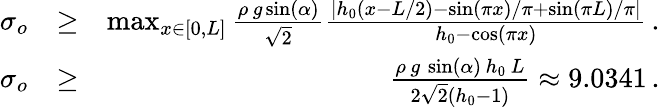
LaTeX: \begin{array}{rlr}{\sigma_{o}}&{\ge}&{\operatorname*{max}_{x\in[0,L]}\frac{{\rho}\, g\sin(\alpha)}{\sqrt{2}}\frac{\left|h_{0}\left(x-L/2\right)-\sin(\pi x)/\pi+\sin(\pi L)/\pi\right|}{h_{0}-\cos(\pi x)}\, .}\\ {\sigma_{o}}&{\ge}&{\frac{{\rho}\, g\, \sin(\alpha)\, h_{0}\, L}{2\sqrt{2}(h_{0}-1)}\approx 9.0341\, .}\end{array}